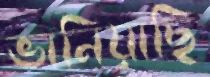
ভানিয়াছি